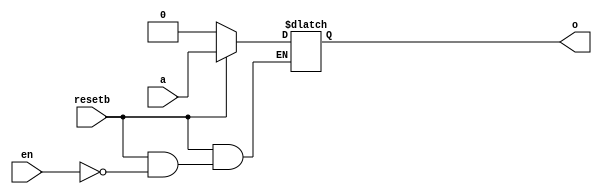
module latch1 (o, a, resetb, en);
   output o;
   input  a, resetb, en;
   reg 	  o;

   always @(a or resetb or en) begin
      if (!resetb) o = 1'b0;
      else if (en) o = a;
   end
endmodule